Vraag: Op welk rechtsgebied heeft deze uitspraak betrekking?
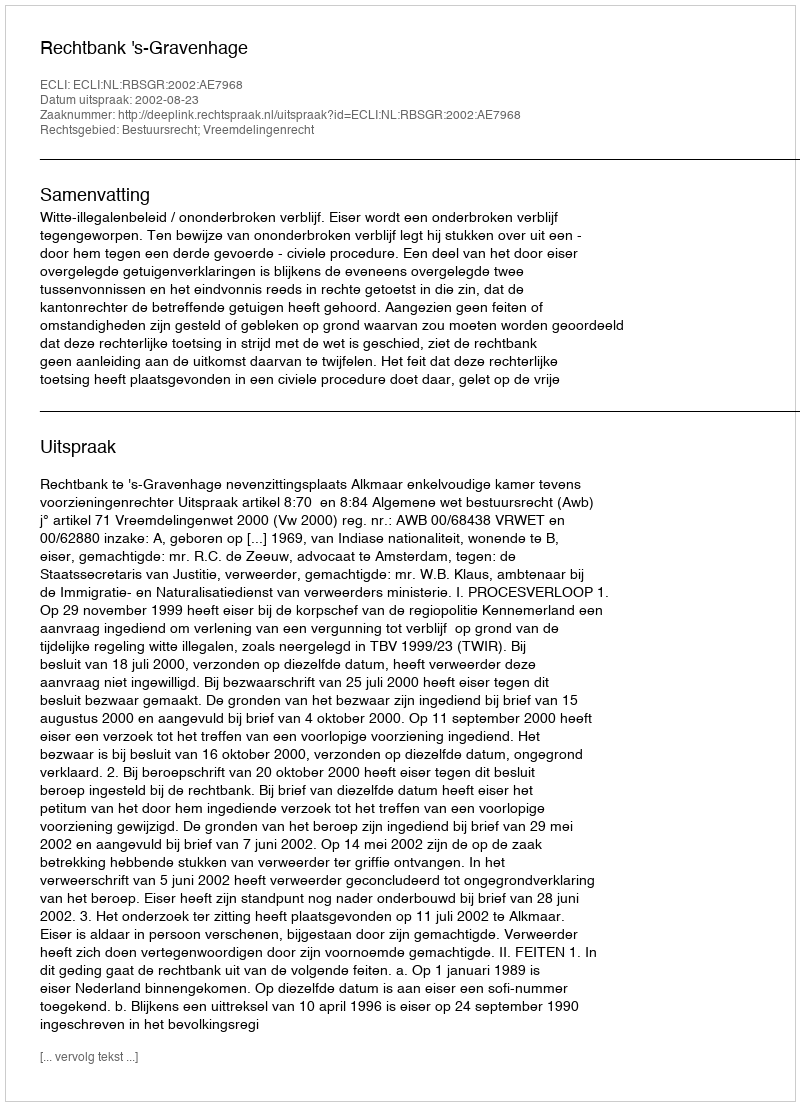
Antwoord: Bestuursrecht; Vreemdelingenrecht